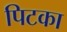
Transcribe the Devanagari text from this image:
पिटका